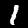
Digit: 1